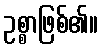
ဥစ္စာဖြစ်၏။